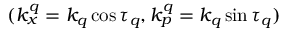
( k _ { x } ^ { q } = k _ { q } \cos \tau _ { q } , k _ { p } ^ { q } = k _ { q } \sin \tau _ { q } )